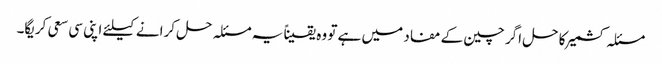
مسئلہ کشمیر کا حل اگر چین کے مفاد میں ہے تو وہ یقیناً یہ مسئلہ حل کرانے کیلئے اپنی سی سعی کریگا۔